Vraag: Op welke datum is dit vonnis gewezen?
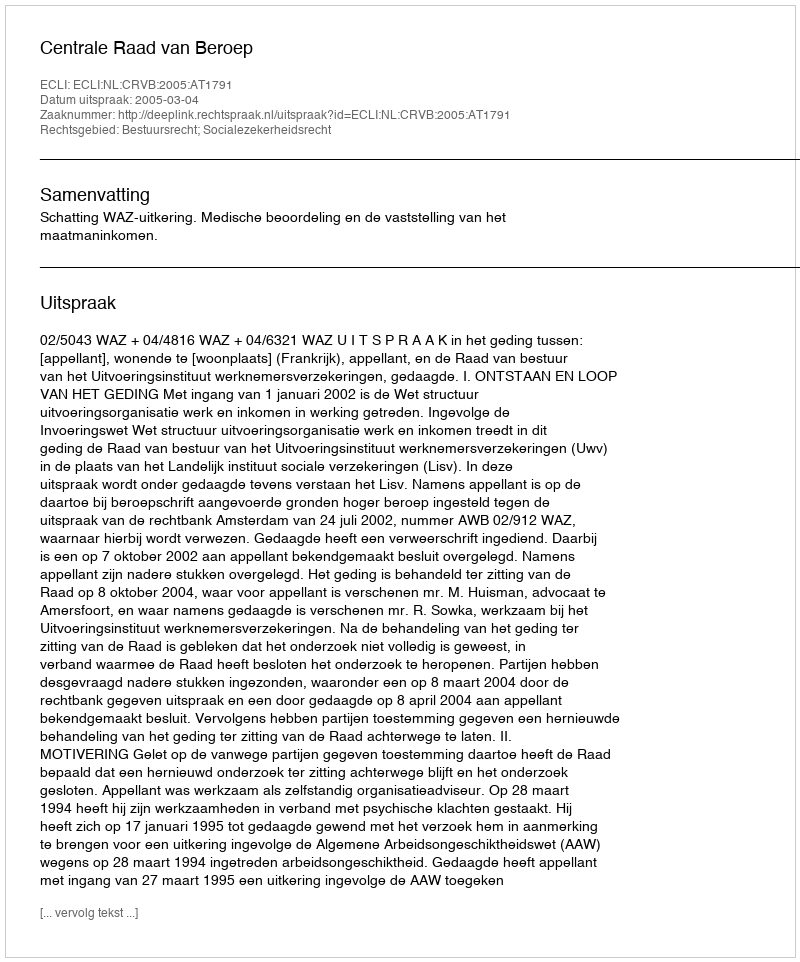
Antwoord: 2005-03-04